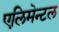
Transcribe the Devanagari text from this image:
एलिमेन्टल